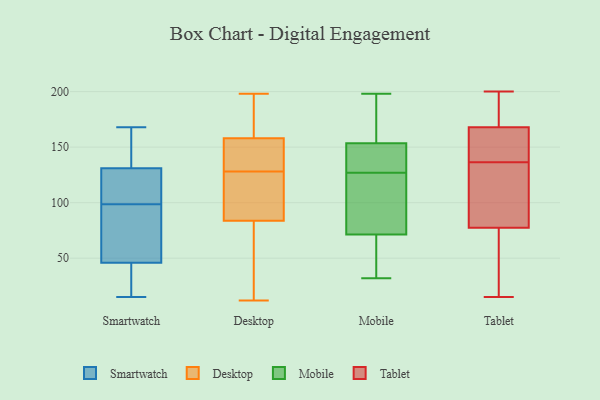
{"axis": {"x": "Humidity (%)", "y": "Value"}, "legend": ["Desktop", "Mobile", "Smartwatch", "Tablet"], "data": [{"x": "", "y": 37, "type": "Smartwatch"}, {"x": "", "y": 98, "type": "Smartwatch"}, {"x": "", "y": 168, "type": "Smartwatch"}, {"x": "", "y": 28, "type": "Smartwatch"}, {"x": "", "y": 46, "type": "Smartwatch"}, {"x": "", "y": 99, "type": "Smartwatch"}, {"x": "", "y": 131, "type": "Smartwatch"}, {"x": "", "y": 97, "type": "Smartwatch"}, {"x": "", "y": 104, "type": "Smartwatch"}, {"x": "", "y": 137, "type": "Smartwatch"}, {"x": "", "y": 125, "type": "Smartwatch"}, {"x": "", "y": 164, "type": "Smartwatch"}, {"x": "", "y": 60, "type": "Smartwatch"}, {"x": "", "y": 15, "type": "Smartwatch"}, {"x": "", "y": 176, "type": "Desktop"}, {"x": "", "y": 164, "type": "Desktop"}, {"x": "", "y": 133, "type": "Desktop"}, {"x": "", "y": 101, "type": "Desktop"}, {"x": "", "y": 86, "type": "Desktop"}, {"x": "", "y": 46, "type": "Desktop"}, {"x": "", "y": 130, "type": "Desktop"}, {"x": "", "y": 19, "type": "Desktop"}, {"x": "", "y": 186, "type": "Desktop"}, {"x": "", "y": 140, "type": "Desktop"}, {"x": "", "y": 83, "type": "Desktop"}, {"x": "", "y": 49, "type": "Desktop"}, {"x": "", "y": 198, "type": "Desktop"}, {"x": "", "y": 101, "type": "Desktop"}, {"x": "", "y": 12, "type": "Desktop"}, {"x": "", "y": 176, "type": "Desktop"}, {"x": "", "y": 139, "type": "Desktop"}, {"x": "", "y": 114, "type": "Desktop"}, {"x": "", "y": 128, "type": "Desktop"}, {"x": "", "y": 75, "type": "Mobile"}, {"x": "", "y": 143, "type": "Mobile"}, {"x": "", "y": 122, "type": "Mobile"}, {"x": "", "y": 127, "type": "Mobile"}, {"x": "", "y": 32, "type": "Mobile"}, {"x": "", "y": 165, "type": "Mobile"}, {"x": "", "y": 128, "type": "Mobile"}, {"x": "", "y": 39, "type": "Mobile"}, {"x": "", "y": 198, "type": "Mobile"}, {"x": "", "y": 88, "type": "Mobile"}, {"x": "", "y": 70, "type": "Mobile"}, {"x": "", "y": 183, "type": "Mobile"}, {"x": "", "y": 141, "type": "Mobile"}, {"x": "", "y": 157, "type": "Mobile"}, {"x": "", "y": 70, "type": "Mobile"}, {"x": "", "y": 142, "type": "Tablet"}, {"x": "", "y": 105, "type": "Tablet"}, {"x": "", "y": 194, "type": "Tablet"}, {"x": "", "y": 50, "type": "Tablet"}, {"x": "", "y": 15, "type": "Tablet"}, {"x": "", "y": 161, "type": "Tablet"}, {"x": "", "y": 175, "type": "Tablet"}, {"x": "", "y": 161, "type": "Tablet"}, {"x": "", "y": 188, "type": "Tablet"}, {"x": "", "y": 59, "type": "Tablet"}, {"x": "", "y": 96, "type": "Tablet"}, {"x": "", "y": 131, "type": "Tablet"}, {"x": "", "y": 16, "type": "Tablet"}, {"x": "", "y": 200, "type": "Tablet"}, {"x": "", "y": 129, "type": "Tablet"}, {"x": "", "y": 147, "type": "Tablet"}]}